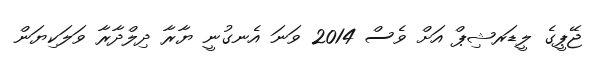
ޖޭޕީގެ ލީޑަރޝިޕް އަށް ވެސް 2014 ވަނަ އެނގުނީ ޔާރާ ދިލްދާރާ ވަލަކިޔަން